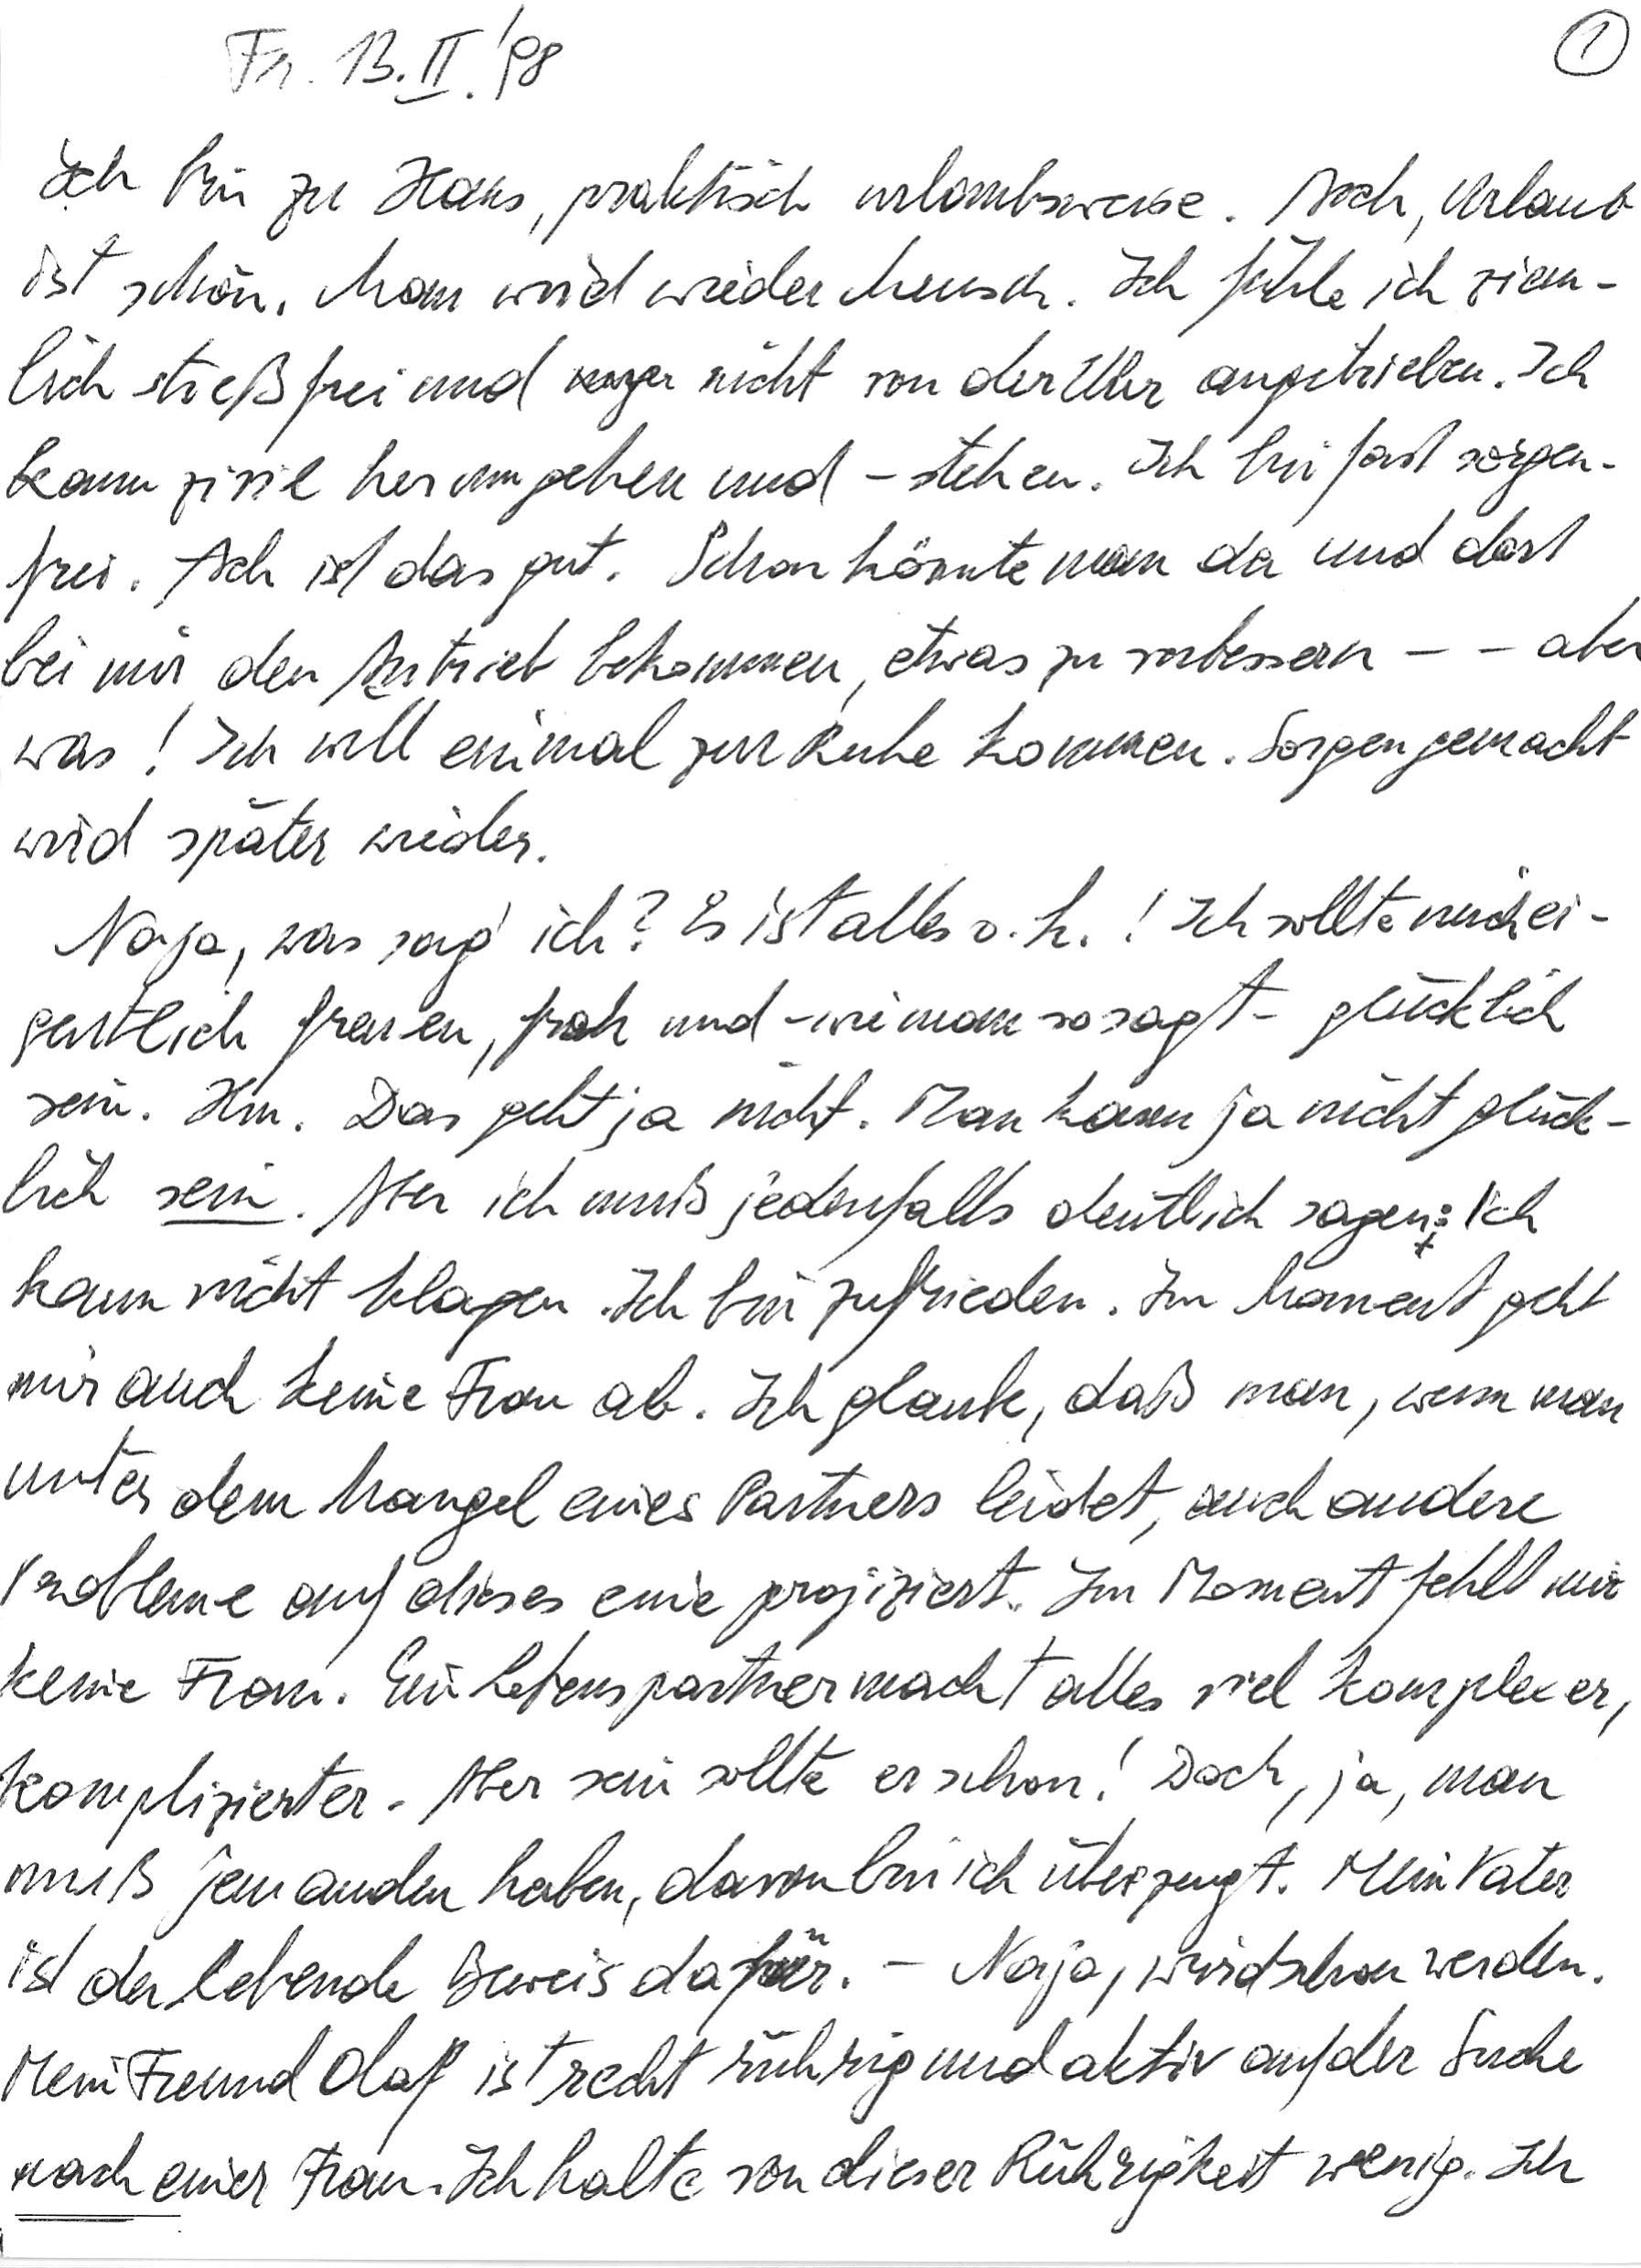
Fr., 13. II. ‘98
Ich bin zu Haus, praktisch urlaubsweise. Ach, Urlaub
ist schön. Man wird wieder Mensch. Ich fühle mich ziem-
lich streßfrei und nicht von der Uhr angetrieben. Ich
kann zivil herumgehen und -stehen. Ich bin fast sorgen-
frei. Ach ist das gut. Schon könnte man da und dort
bei mir den Antrieb bekommen, etwas zu verbessern –  – aber
was! Ich will einmal zur Ruhe kommen. Sorgen gemacht
wird später wieder.
Naja, was sag‘ ich? Es ist alles o. k.! Ich sollte mich ei-
gentlich freuen, froh und – wie man so sagt – glücklich
sein. Hm. Das geht ja nicht. Man kann ja nicht glück-
lich sein. Aber ich muß jedenfalls deutlich sagen: Ich
kann nicht klagen. Ich bin zufrieden. Im Moment geht
mir auch keine Frau ab. Ich glaube, daß man, wenn man
unter dem Mangel eines Partners leidet, auch andere
Probleme auf dieses eine projiziert. Im Moment fehlt mir
keine Frau. Ein Lebenspartner macht alles viel komplexer,
komplizierter. Aber sein sollte er schon! Doch, ja, man
muß jemanden haben, davon bin ich überzeugt. Mein Vater
ist der lebende Beweis dafür. – Naja, wird schon werden.
Mein Freund Olaf ist recht rührig und aktiv auf der Suche
nach einer Frau. Ich halte von dieser Rührigkeit wenig. Ich